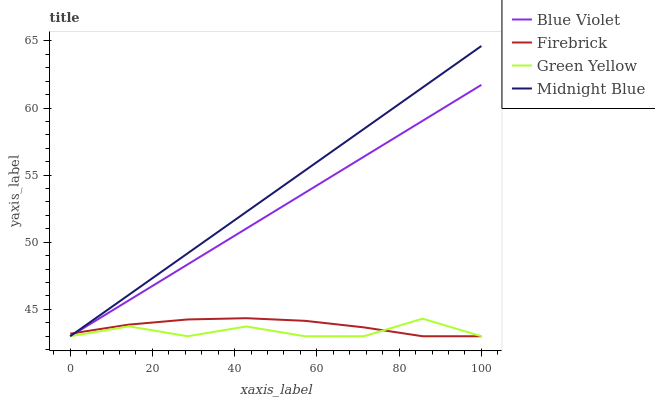
| xaxis_label | Blue Violet | Firebrick | Green Yellow | Midnight Blue |
 | --- | --- | --- | --- | --- |
 | 0 | 43 | 43.2 | 43 | 43 |
 | 14.3 | 45.7 | 43.9 | 43.7 | 46.1 |
 | 28.6 | 48.3 | 44.3 | 43 | 49.2 |
 | 42.9 | 51 | 44.3 | 43.7 | 52.3 |
 | 57.1 | 53.7 | 44.1 | 43 | 55.4 |
 | 71.4 | 56.4 | 43.7 | 43 | 58.4 |
 | 85.7 | 59 | 43 | 44.3 | 61.5 |
 | 100 | 61.7 | 43 | 43 | 64.6 |